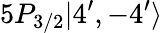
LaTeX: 5P_{3/2}|4^{\prime},-4^{\prime}\rangle